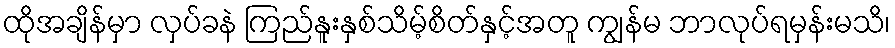
ထိုအချိန်မှာ လှပ်ခနဲ ကြည်နူးနှစ်သိမ့်စိတ်နှင့်အတူ ကျွန်မ ဘာလုပ်ရမှန်းမသိ၊